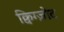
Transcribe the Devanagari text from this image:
क्विग्ज़ोट